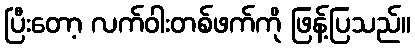
ပြီးတော့ လက်ဝါးတစ်ဖက်ကို ဖြန့်ပြသည်။